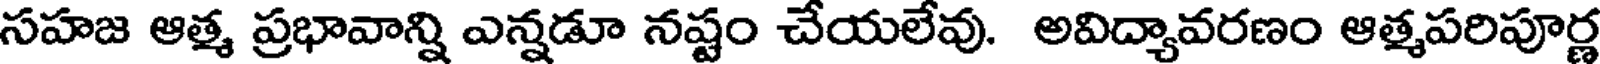
సహజ ఆత్మ ప్రభావాన్ని ఎన్నడూ నష్టం చేయలేవు. అవిద్యావరణం ఆత్మపరిపూర్ణ